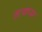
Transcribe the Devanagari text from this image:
तत्वांच्या